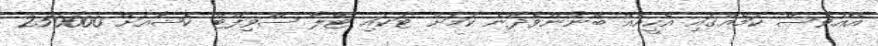
އެއްވެސް ކަމެއްގައި އެހީއެއް ބޭނުންވެދާނެ ކަމަށް ޓަކައި ޓޭލާ ސްވިފްޓް ކެޝާއަށް 250000